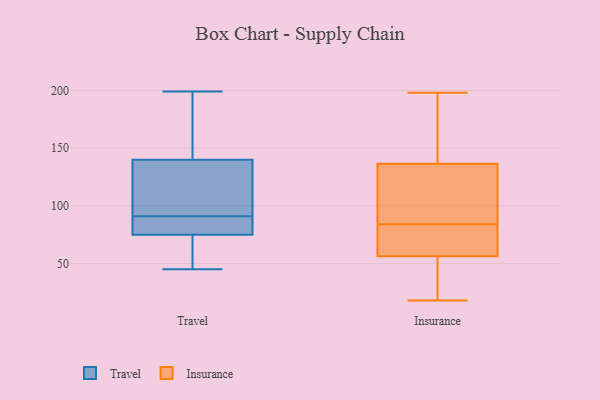
{"axis": {"x": "Shipments", "y": "Value"}, "legend": ["Insurance", "Travel"], "data": [{"x": "", "y": 91, "type": "Travel"}, {"x": "", "y": 62, "type": "Travel"}, {"x": "", "y": 90, "type": "Travel"}, {"x": "", "y": 87, "type": "Travel"}, {"x": "", "y": 71, "type": "Travel"}, {"x": "", "y": 194, "type": "Travel"}, {"x": "", "y": 141, "type": "Travel"}, {"x": "", "y": 118, "type": "Travel"}, {"x": "", "y": 45, "type": "Travel"}, {"x": "", "y": 59, "type": "Travel"}, {"x": "", "y": 194, "type": "Travel"}, {"x": "", "y": 96, "type": "Travel"}, {"x": "", "y": 89, "type": "Travel"}, {"x": "", "y": 137, "type": "Travel"}, {"x": "", "y": 199, "type": "Travel"}, {"x": "", "y": 34, "type": "Insurance"}, {"x": "", "y": 38, "type": "Insurance"}, {"x": "", "y": 18, "type": "Insurance"}, {"x": "", "y": 84, "type": "Insurance"}, {"x": "", "y": 123, "type": "Insurance"}, {"x": "", "y": 188, "type": "Insurance"}, {"x": "", "y": 198, "type": "Insurance"}, {"x": "", "y": 174, "type": "Insurance"}, {"x": "", "y": 111, "type": "Insurance"}, {"x": "", "y": 54, "type": "Insurance"}, {"x": "", "y": 141, "type": "Insurance"}, {"x": "", "y": 63, "type": "Insurance"}, {"x": "", "y": 72, "type": "Insurance"}, {"x": "", "y": 73, "type": "Insurance"}, {"x": "", "y": 88, "type": "Insurance"}]}